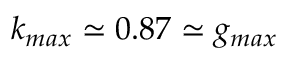
k _ { m a x } \simeq 0 . 8 7 \simeq g _ { m a x }